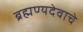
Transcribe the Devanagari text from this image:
ब्रह्मण्यदेवाचे